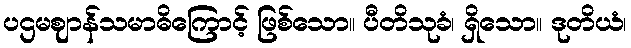
ပဌမဈာန်သမာဓိကြောင့် ဖြစ်သော။ ပီတိသုခံ၊ ရှိသော။ ဒုတိယံ၊